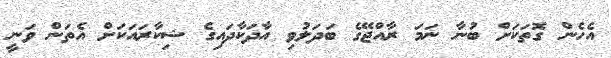
އެހެން ގޮތަކަށް ބުނާ ނަމަ ރާއްޖޭގެ ބަދަލުވި އާދަކާދައިގެ ޝިކާރައަކަށް އެތަން ވަނީ